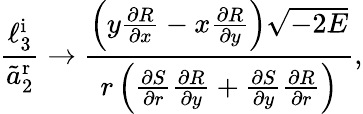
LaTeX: \frac{\ell_{3}^{\textrm{i}}}{\tilde{a}_{2}^{\textrm{r}}}\rightarrow\frac{\left(y\frac{\partial R}{\partial x}-x\frac{\partial R}{\partial y}\right)\sqrt{-2E}}{r\left(\frac{\partial S}{\partial r}\frac{\partial R}{\partial y}+\frac{\partial S}{\partial y}\frac{\partial R}{\partial r}\right)},